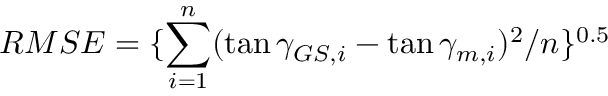
R M S E = \{ \sum _ { i = 1 } ^ { n } ( \tan { \gamma _ { G S , i } } - \tan { \gamma _ { m , i } } ) ^ { 2 } / n \} ^ { 0 . 5 }